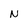
Character: N